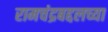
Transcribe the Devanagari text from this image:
रामचंद्रबद्दलच्या